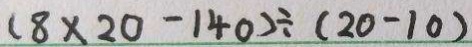
1 8 \times 2 0 - 1 4 0 ) \div ( 2 0 - 1 0 )